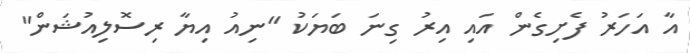
އާ އަހަރު ފެށިގެން އައި އިރު ގިނަ ބަޔަކު "ނިއު އިޔާ ރިސޮލިއުޝަން"